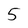
Character: 5